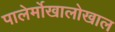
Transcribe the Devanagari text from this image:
पालेर्मोखालोखाल